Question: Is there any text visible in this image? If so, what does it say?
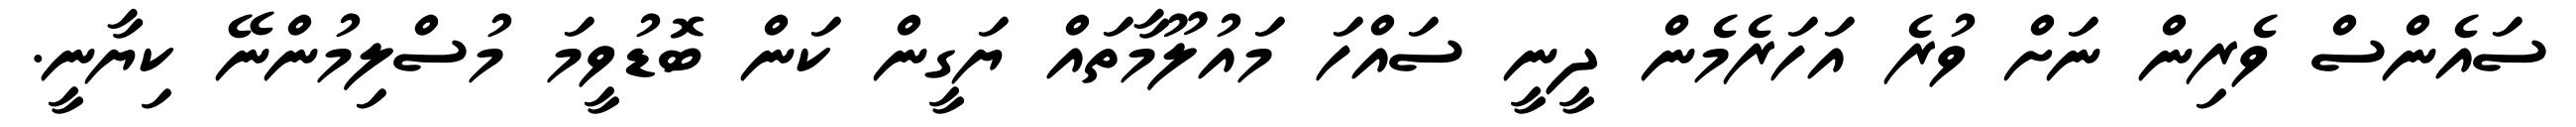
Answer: ސައެންސް ވެރިން ނަށް ވުރެ އަހަރެމެން ދީނީ ސައްހަ މައުލޫމާތައް ޔަގީން ކަން ބޮޑުވީމަ މުސްލިމުންނޭ ކިޔާނީ.